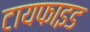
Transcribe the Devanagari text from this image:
टायफाइड